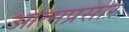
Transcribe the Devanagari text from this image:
आत्मप्रसार